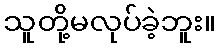
သူတို့မလုပ်ခဲ့ဘူး။